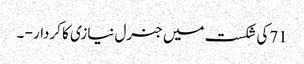
71کی شکست میں جنرل نیازی کا کردار - ۔